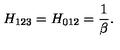
H _ { 1 2 3 } = H _ { 0 1 2 } = \frac { 1 } { \beta } .